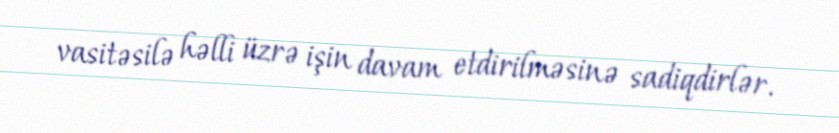
vasitəsilə həlli üzrə işin davam etdirilməsinə sadiqdirlər.